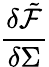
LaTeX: \frac{\delta\tilde{\mathcal{F}}}{\delta\Sigma}